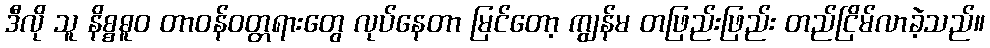
ဒီလို သူ နိစ္စဓူဝ တာဝန်ဝတ္တရားတွေ လုပ်နေတာ မြင်တော့ ကျွန်မ တဖြည်းဖြည်း တည်ငြိမ်လာခဲ့သည်။